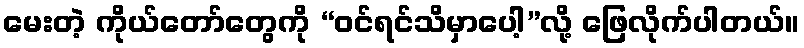
မေးတဲ့ ကိုယ်တော်တွေကို “ဝင်ရင်သိမှာပေါ့”လို့ ဖြေလိုက်ပါတယ်။